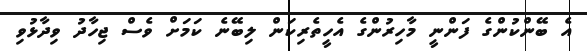
އެ ބޭންކުންގެ ފަންނީ މާހިރުންގެ އެހީތެރިކަން ލިބޭނެ ކަމަށް ވެސް ޖިހާދު ވިދާޅުވި